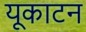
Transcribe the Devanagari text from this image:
यूकाटन